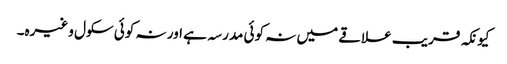
کیونکہ قریب علاقے میں نہ کوئی مدرسہ ہے اور نہ کوئی سکول وغیرہ۔